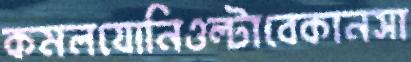
কমলযোনিওল্‌টাবেকানসা